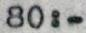
80:-